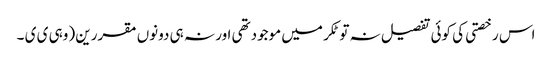
اس رخصتی کی کوئی تفصیل نہ تو ٹکر میں موجودتھی اور نہ ہی دونوں مقررین (وہی ی ی ۔